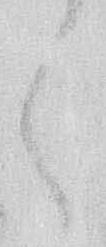
く